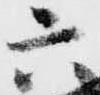
六